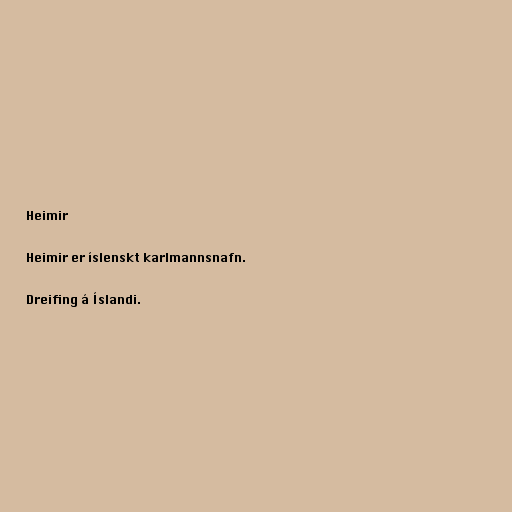
Heimir

Heimir er íslenskt karlmannsnafn.

Dreifing á Íslandi.